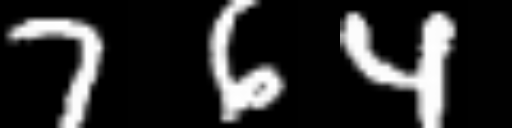
Text: 764